Indian journal of veterinary science and animal husbandry - Volume 13,
Year: 1943
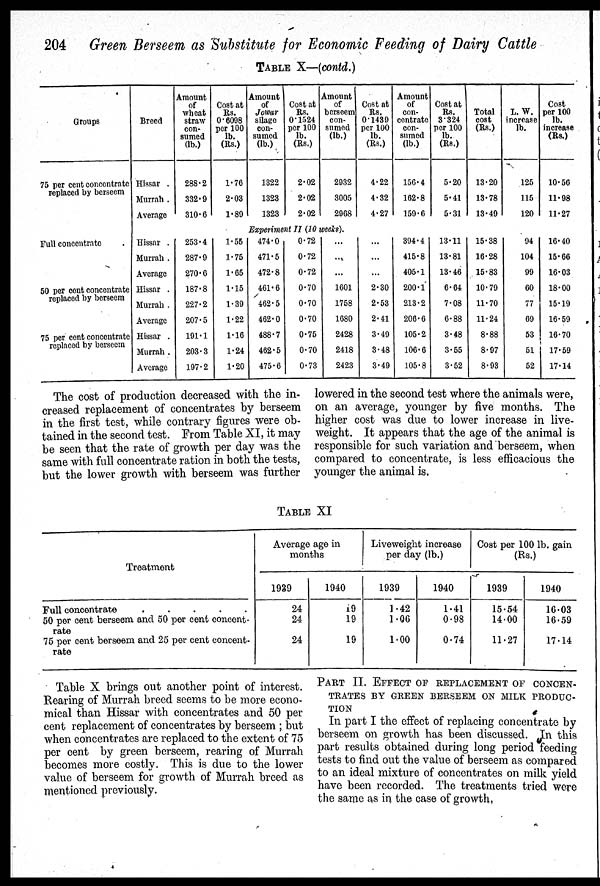
204 Green Berseem as Substitute for Economic Feeding of Dairy Cattle
TABLE X—(contd.)
Groups
75 per cent concentrate
replaced by berseem
Full concentrate
50 per cent concentrate
replaced by berseem
75 per cent concentrate
replaced by berseem
Breed
Hissar .
Murrah .
Average
Amount
of
wheat
straw
con-
sumed
(lb.)
288.2
332.9
310.6
Cost at
Rs.
0.6098
per 100
lb.
(Rs.)
1.76
2.03
1.89
Amount
of
Jowar
silage
con-
sumed
(lb.)
1322
1323
1323
Cost at
Rs.
0.1524
per 100
lb.
(Rs.)
2.02
2.02
2.02
Amount
of
berseem
con-
sumed
(lb.)
2932
3005
2968
Cost at
Rs.
0.1439
per 100
lb.
(Rs.)
4.22
4.32
4.27
Amount
of
con-
centrate
con-
sumed
(lb.)
156.4
162.8
159.6
Cost at
Rs.
3.324
per 100
lb.
(Rs.)
5.20
5.41
5.31
Total
cost
(Rs.)
13.20
13.78
13.49
L. W.
increase
lb.
125
115
120
Experiment II (10 weeks).
Hissar .
Murrah .
Average
Hissar .
Murrah .
Average
Hissar .
Murrah .
Average
253.4
287.9
270.6
187.8
227.2
207.5
191.1
203.3
197.2
1.55
1.75
1.65
1.15
1.39
1.22
1.16
1.24
1.20
474.0
471.5
472.8
461.6
462.5
462.0
488.7
462.5
475.6
0.72
0.72
0.72
0.70
0.70
0.70
0.75
0.70
0.73
...
...
...
1601
1758
1680
2428
2418
2423
...
...
...
2.30
2.53
2.41
3.49
3.48
3.49
394.4
415.8
405.1
200.1
213.2
206.6
105.2
106.6
105.8
13.11
13.81
13.46
6.64
7.08
6.88
3.48
3.55
3.52
15.38
16.28
15.83
10.79
11.70
11.24
8.88
8.97
8.93
94
104
99
60
77
69
53
51
52
Cost
per 100
lb.
increase
(Rs.)
10.56
11.98
11.27
16.40
15.66
16.03
18.00
15.19
16.59
16.70
17.59
17.14
The cost of production decreased with the in-
creased replacement of concentrates by berseem
in the first test, while contrary figures were ob-
tained in the second test. From Table XI, it may
be seen that the rate of growth per day was the
same with full concentrate ration in both the tests,
but the lower growth with berseem was further
lowered in the second test where the animals were,
on an average, younger by five months. The
higher cost was due to lower increase in live-
weight. It appears that the age of the animal is
responsible for such variation and berseem, when
compared to concentrate, is less efficacious the
younger the animal is.
TABLE XI
Treatment
Full concentrate
.
.
.
.
50 per cent berseem and 50 per cent concent-
rate
75 per cent berseem and 25 per cent concent-
rate
Average age in
months
1939
24
24
24
1940
19
19
19
Liveweight increase
per day (lb.)
1939
1.42
1.06
1.00
1940
1.41
0.98
0.74
Cost per 100 lb. gain
(Rs.)
1939
15.54
14.00
11.27
1940
16.03
16.59
17.14
Table X brings out another point of interest.
Rearing of Murrah breed seems to be more econo-
mical than Hissar with concentrates and 50 per
cent replacement of concentrates by berseem ; but
when concentrates are replaced to the extent of 75
per cent by green berseem, rearing of Murrah
becomes more costly. This is due to the lower
value of berseem for growth of Murrah breed as
mentioned previously.
PART II. EFFECT OF REPLACEMENT OF CONCEN-
TRATES BY GREEN BERSEEM ON MILK PRODUC-
TION
In part I the effect of replacing concentrate by
berseem on growth has been discussed. In this
part results obtained during long period feeding
tests to find out the value of berseem as compared
to an ideal mixture of concentrates on milk yield
have been recorded. The treatments tried were
the same as in the case of growth.